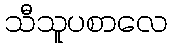
သီသူပစာလေ